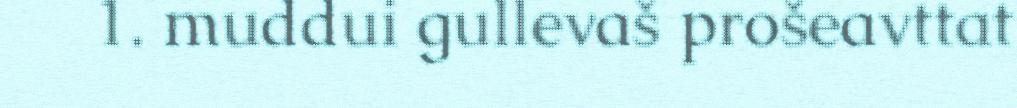
1. muddui gullevaš prošeavttat